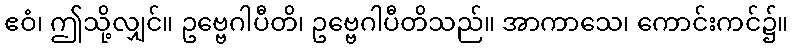
ဧဝံ၊ ဤသို့လျှင်။ ဥဗ္ဗေဂါပီတိ၊ ဥဗ္ဗေဂါပီတိသည်။ အာကာသေ၊ ကောင်းကင်၌။